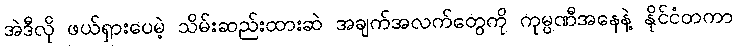
အဲဒီလို ဖယ်ရှားပေမဲ့ သိမ်းဆည်းထားဆဲ အချက်အလက်တွေကို ကုမ္ပဏီအနေနဲ့ နိုင်ငံတကာ